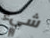
شيء